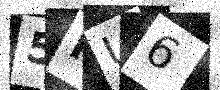
Text: 5RU6